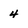
Character: 4